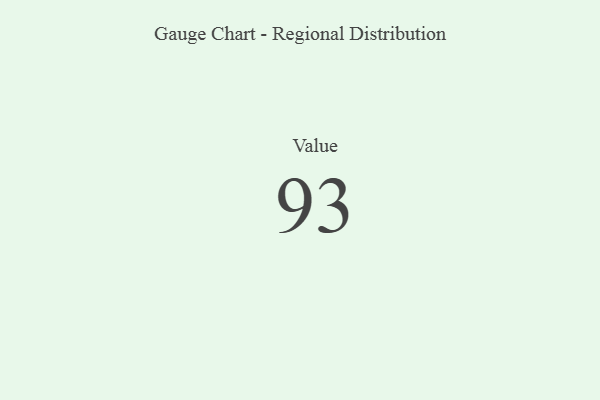
{"axis": {"x": "Metric", "y": "Value"}, "legend": [""], "data": [{"x": "Value", "y": 93, "type": ""}]}